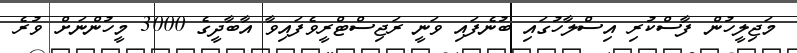
މަޖިލީހުން ފާސްކުރި އިސްލާހުގައި ބުނެފައި ވަނީ ރަޖިސްޓްރީވެފައިވާ އާބާދީގެ 3000 މީހުންނަށް ވުރެ